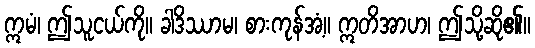
ဣမံ၊ ဤသူငယ်ကို။ ခါဒိဿာမ၊ စားကုန်အံ့။ ဣတိအာဟ၊ ဤသို့ဆို၏။